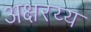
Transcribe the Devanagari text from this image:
अक्षरय्य